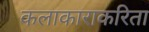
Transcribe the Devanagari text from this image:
कलाकाराकरिता